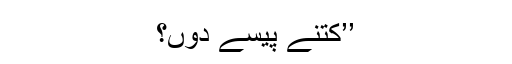
’’کتنے پیسے دوں؟